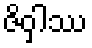
ဇိဝှါဿ